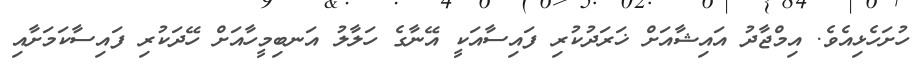
ހުށަހެޅިއެވެ. އިމްޖާދު އައިޝާއަށް ޚަރަދުކުރި ފައިސާއަކީ އޭނާގެ ހަލާލު އަނބިމީހާއަށް ހޭދަކުރި ފައިސާކަމަށާއި